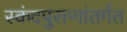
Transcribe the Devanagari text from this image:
स्कंदपुराणांतर्गत